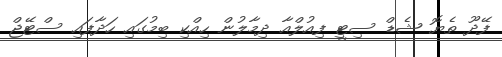
ފޭދޫ ތެޔޮ ޝެޑް ސިޓީ ފިއުލްއާ ދިމާލުން ހިއްކި ބިމުގައި ހަދާފައި ސްޓޭޖް